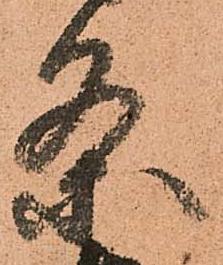
条